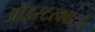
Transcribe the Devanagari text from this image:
ऑइस्टरक्वार्ट्ज